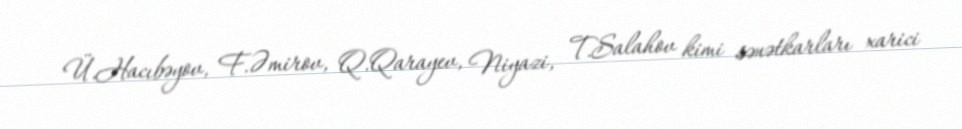
Ü.Hacıbəyov, F.Əmirov, Q.Qarayev, Niyazi, T.Salahov kimi sənətkarları xarici